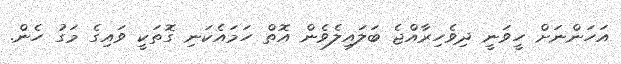
އަހަންނަށް ހީވަނީ ދިވެހިރާއްޖެ ބަލައިލެވެން އޮތް ހަމައެކަނި ގޮތަކީ ވައިގެ މަގު ހެން.